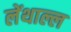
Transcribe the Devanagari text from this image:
लेंथाल्ल